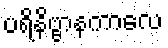
ပရိနိဗ္ဗာနကာလေ